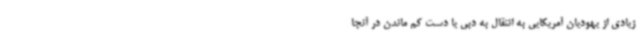
زیادی از یهودیان آمریکایی به انتقال به دبی یا دست کم ماندن در آنجا